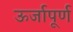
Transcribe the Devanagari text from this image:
ऊर्जापूर्ण